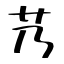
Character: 艿